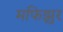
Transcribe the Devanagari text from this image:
मफिझुर